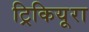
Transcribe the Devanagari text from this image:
ट्रिकियूरा